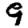
Digit: 9